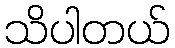
သိပါတယ်